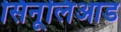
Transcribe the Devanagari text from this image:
सिनूलिआड